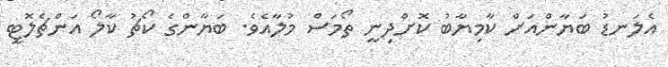
އެލަނޑު ބަޔާންއަށް ކާމިޔާބު ކޮށްދިނީ ތޯމަސް މުލާއެވެ. ބަޔާންގެ ކޯޗު ކާލޯ އަންޗެލޮޓީ